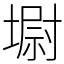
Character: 墛